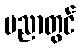
ပညာတွင်